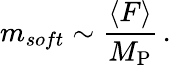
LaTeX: m_{soft}\sim\frac{\langle F\rangle}{M_{\mathrm{P}}}\, .